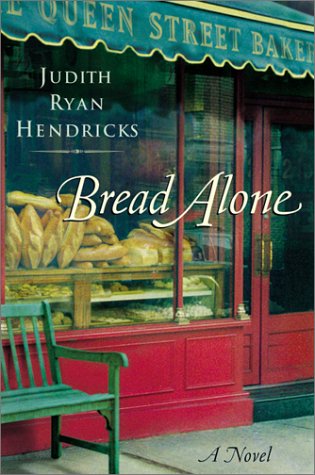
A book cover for Bread Alone: A Novel; Judith Ryan Hendricks; Literature & Fiction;